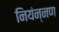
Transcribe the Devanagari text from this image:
नियंन्नण